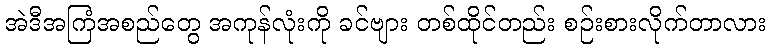
အဲဒီအကြံအစည်တွေ အကုန်လုံးကို ခင်ဗျား တစ်ထိုင်တည်း စဉ်းစားလိုက်တာလား